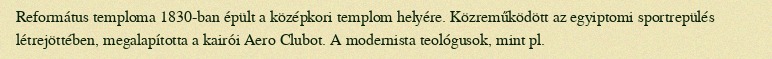
Református temploma 1830-ban épült a középkori templom helyére. Közreműködött az egyiptomi sportrepülés létrejöttében, megalapította a kairói Aero Clubot. A modernista teológusok, mint pl.